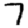
Digit: 7